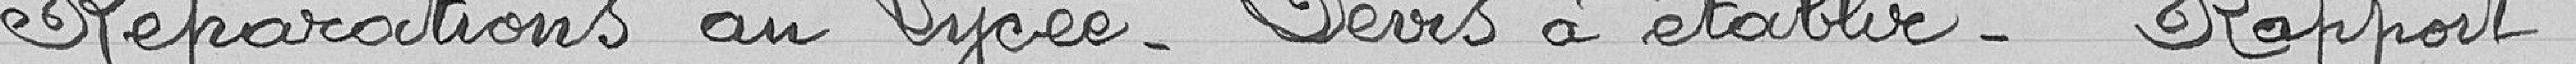
Réparations au Lycée - Devis à établir  - Rapport